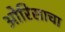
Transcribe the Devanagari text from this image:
ओरिसाचा